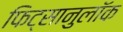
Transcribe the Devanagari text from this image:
फिट्सानुलॉक